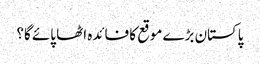
پاکستان بڑے موقع کا فائدہ اٹھا پائے گا؟